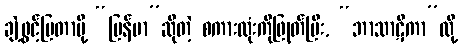
ချဲ့ဖွင့်ပြတာမို့ “မြန်မာ”ဆိုတဲ့ စကားလုံးကိုဖြုတ်ပြီး, “ဘာသာဋီကာ”လို့